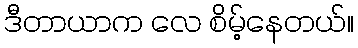
ဒီတာယာက လေ စိမ့်နေတယ်။